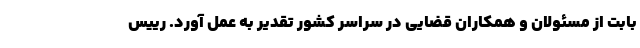
بابت از مسئولان و همکاران قضایی در سراسر کشور تقدیر به عمل آورد. رییس